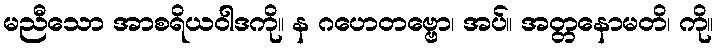
မညီသော အာစရိယဝါဒကို။ န ဂဟေတဗ္ဗော၊ အပ်။ အတ္တနောမတိ၊ ကို။